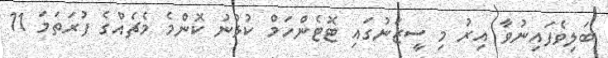
ބަލިވެފައިނުވާ އިރު މި ސީޒަނުގައި ޓޮޓެންހަމް ކުޅުނު ކޮންމެ މެޗެއްގެ ފުރަތަމަ 11